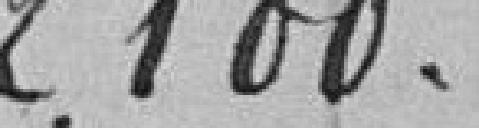
2100